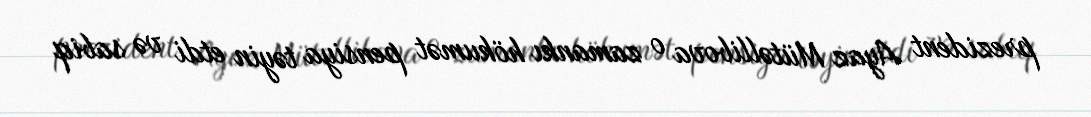
prezident Ayaz Mütəllibova o zamankı hökumət pensiya təyin etdi və sabiq